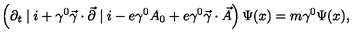
\left( \partial _ { t } \mid i + \gamma ^ { 0 } \vec { \gamma } \cdot \vec { \partial } \mid i - e \gamma ^ { 0 } A _ { 0 } + e \gamma ^ { 0 } \vec { \gamma } \cdot \vec { A } \right) \Psi ( x ) = m \gamma ^ { 0 } \Psi ( x ) ,